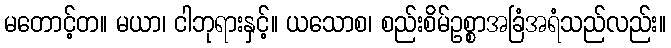
မတောင့်တ။ မယာ၊ ငါဘုရားနှင့်။ ယသောစ၊ စည်းစိမ်ဥစ္စာအခြံအရံသည်လည်း။